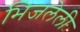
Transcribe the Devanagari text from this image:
भिजलेली